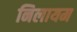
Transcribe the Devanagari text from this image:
निलायम